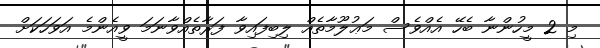
މި 2 މީހުންނާ ބެހޭ އެއްވެސް މަޢުލޫމާތެއް ލިބިފައިވާ ފަރާތެއްވާނަމަ ވީއެންމެ އަވަހަކަށް